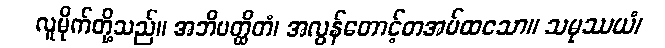
လူမိုက်တို့သည်။ အဘိပတ္ထိတံ၊ အလွန်တောင့်တအပ်ထသော။ သမုဿယံ၊